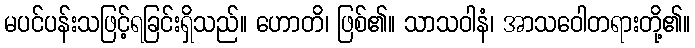
မပင်ပန်းသဖြင့်ရခြင်းရှိသည်။ ဟောတိ၊ ဖြစ်၏။ သာသဝါနံ၊ အာသဝေါတရားတို့၏။